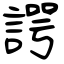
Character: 諤